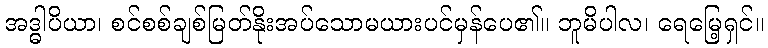
အဒ္ဓါပိယာ၊ စင်စစ်ချစ်မြတ်နိုးအပ်သောမယားပင်မှန်ပေ၏။ ဘူမိပါလ၊ ရေမြေ့ရှင်။